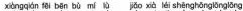
xiàng qián fēi bēn bù mí lù jiǎo xià léi shēng hōng lōng lōng